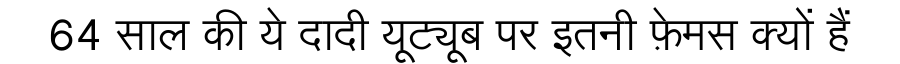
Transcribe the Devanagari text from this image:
64 साल की ये दादी यूट्यूब पर इतनी फ़ेमस क्यों हैं